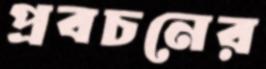
প্রবচনের